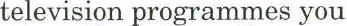
television programmes you